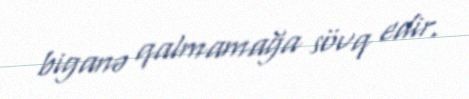
biganə qalmamağa sövq edir.